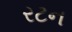
રટન